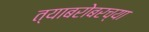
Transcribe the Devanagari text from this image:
त्याबरोबरच्या